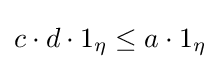
{\textstyle c\cdot d\cdot 1_{\eta }\leq a\cdot 1_{\eta }}